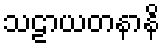
သဠာယတနာနိ